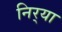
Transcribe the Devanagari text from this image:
निर्‍या